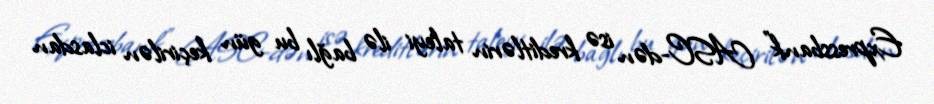
Expressbank" ASC-dən isə kreditlərin taleyi ilə bağlı bu gün keçirilən iclasdan